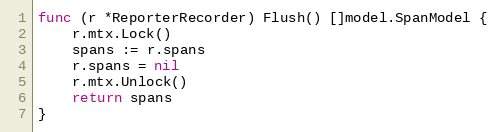
Language: Go
func (r *ReporterRecorder) Flush() []model.SpanModel {
	r.mtx.Lock()
	spans := r.spans
	r.spans = nil
	r.mtx.Unlock()
	return spans
}